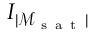
I _ { \lvert \mathcal { M } _ { \mathrm { ~ s ~ a ~ t ~ } } \rvert }